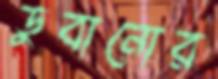
ডুবানোর